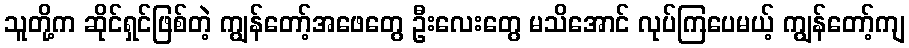
သူတို့က ဆိုင်ရှင်ဖြစ်တဲ့ ကျွန်တော့်အဖေတွေ ဦးလေးတွေ မသိအောင် လုပ်ကြပေမယ့် ကျွန်တော့်ကျ